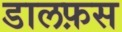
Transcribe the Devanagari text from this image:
डालफ़स